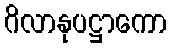
ဂိလာနုပဋ္ဌာကော